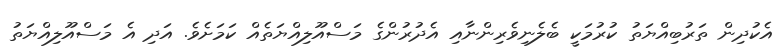
އެކުދިން ތަރުބިއްޔަތު ކުރުމަކީ ބެލެނިވެރިންނާއި އެދުރުންގެ މަސްއޫލިއްޔަތެއް ކަމަށެވެ. އަދި އެ މަސްއޫލިއްޔަތު